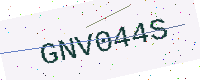
Text: GNV044S